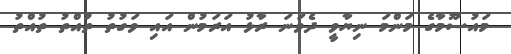
މައުސޫމާގެ މަންމަ ނިޔާވީ ދެވަނަ ރާޅު އަރަމުން އައި ވަގުތު ތުއްތު ތުއްތު